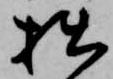
拙